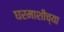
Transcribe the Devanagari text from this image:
घरमाशीच्या